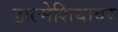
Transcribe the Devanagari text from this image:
डाल्मेशियावर